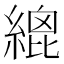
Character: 𦃋